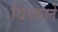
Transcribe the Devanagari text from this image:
थिरकाते